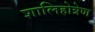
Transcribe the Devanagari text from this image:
शालिहोत्रेण